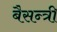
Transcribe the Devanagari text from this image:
बैसन्त्री